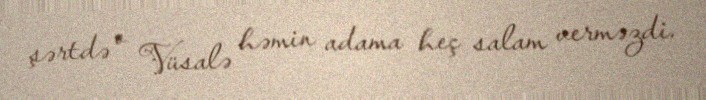
şərtdə o Vüsalə həmin adama heç salam verməzdi.